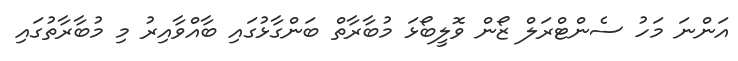
އަންނަ މަހު ސެންޓްރަލް ޒޯން ވޮލީބޯޅަ މުބާރާތް ބަންގާޅުގައި ބާއްވާއިރު މި މުބާރާތުގައި